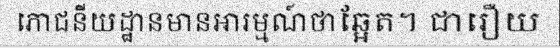
ភោជនីយដ្ឋានមានអារម្មណ៍ថាឆ្អែត។ ជារឿយ